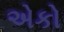
એકો